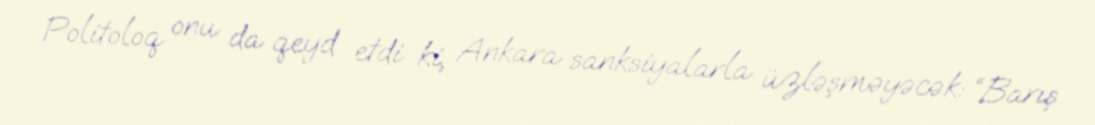
Politoloq onu da qeyd etdi ki, Ankara sanksiyalarla üzləşməyəcək: “Barış